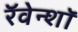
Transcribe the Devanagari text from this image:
रॅवेन्शॉ